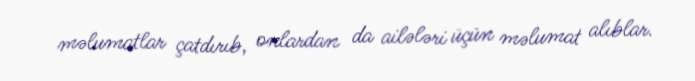
məlumatlar çatdırıb, onlardan da ailələri üçün məlumat alıblar.